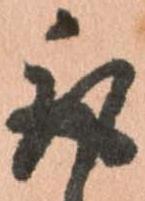
取